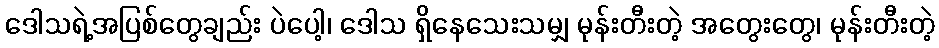
ဒေါသရဲ့အပြစ်တွေချည်း ပဲပေါ့၊ ဒေါသ ရှိနေသေးသမျှ မုန်းတီးတဲ့ အတွေးတွေ၊ မုန်းတီးတဲ့